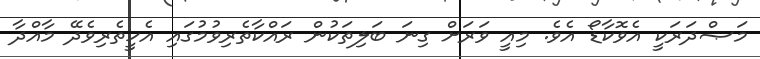
މަޞްދަރަކީ އެވޮކާޑޯ އެވެ. މިއީ ވަރަށް ގިނަ ބަލިތަކުން ރައްކާތެރިވުމުގައި އެހީތެރިވެދޭ މާއްދާ